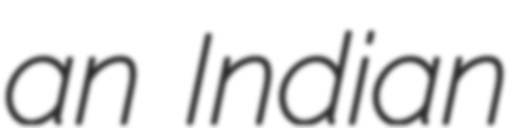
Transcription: an Indian